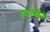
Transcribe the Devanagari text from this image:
हातोडीने